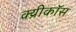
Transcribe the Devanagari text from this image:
क्य्रीकॉस